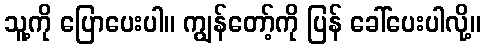
သူ့ကို ပြောပေးပါ။ ကျွန်တော့်ကို ပြန် ခေါ်ပေးပါလို့။